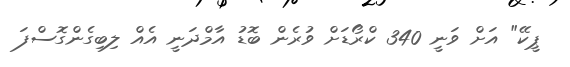
ޕީކޭ" އަށް ވަނީ 340 ކްރޯޑަށް ވުރެން ބޮޑު އާމްދަނީ އެއް ލިބިގެންގޮސްފަ